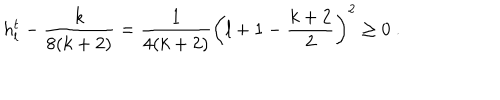
h _ { l } ^ { t } - \frac { k } { 8 ( k + 2 ) } = \frac { 1 } { 4 ( k + 2 ) } \left( l + 1 - \frac { k + 2 } { 2 } \right) ^ { 2 } \geq 0 ~ .